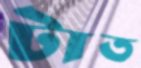
টাত